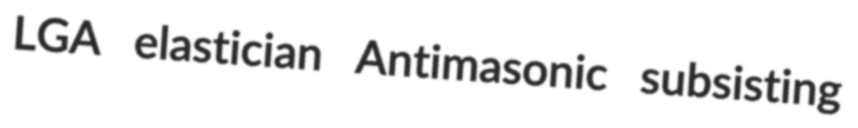
LGA elastician Antimasonic subsisting